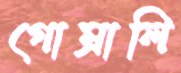
গোম্‌রালি